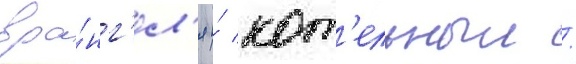
вра́нг'ел'я и́ кот'ельныи /